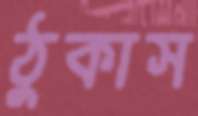
ঠুকাস